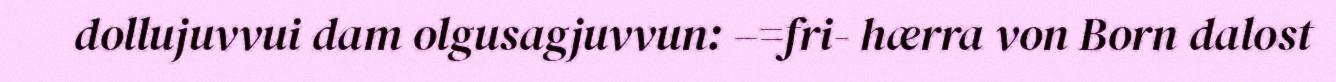
dollujuvvui dam olgusagjuvvun: –=fri- hærra von Born dalost